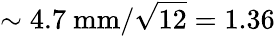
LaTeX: \sim 4.7\ \mathrm{mm}/\sqrt{12}=1.36